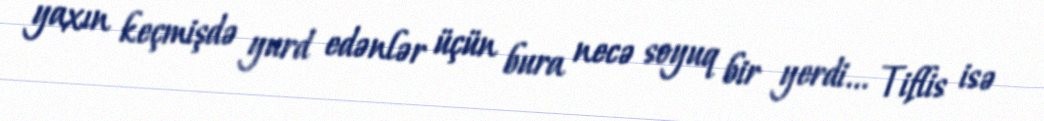
yaxın keçmişdə yurd edənlər üçün bura necə soyuq bir yerdi... Tiflis isə